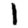
Digit: 1